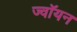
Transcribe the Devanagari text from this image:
ज्वॉयन